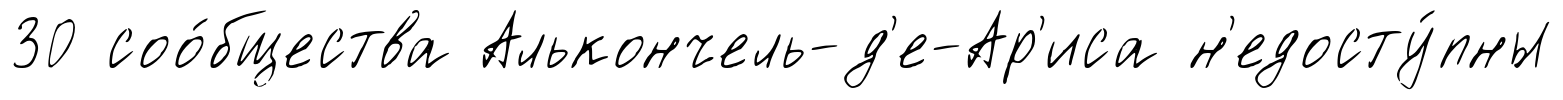
30 соо́бщества Алькончель-д'е-Ар'иса н'едосту́пны